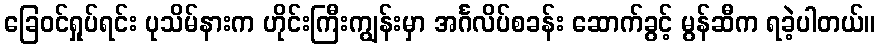
ခြေဝင်ရှုပ်ရင်း ပုသိမ်နားက ဟိုင်းကြီးကျွန်းမှာ အင်္ဂလိပ်စခန်း ဆောက်ခွင့် မွန်ဆီက ရခဲ့ပါတယ်။